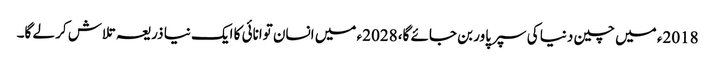
2018ء میں چین دنیا کی سپر پاور بن جائے گا، 2028ء میں انسان توانائی کا ایک نیا ذریعہ تلاش کر لے گا۔